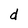
Character: d